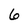
Character: 6